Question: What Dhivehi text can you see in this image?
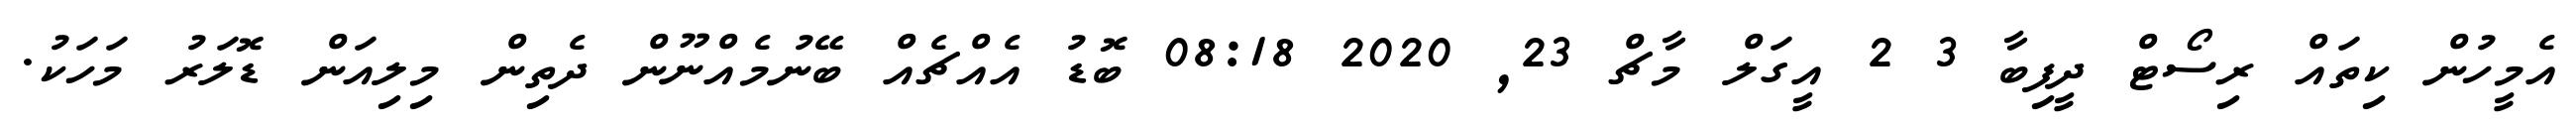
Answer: އެމީހުން ކިތައް ރިސޯޓް ދީފިބާ 3 2 އީގަލް މާޗް 23, 2020 08:18 ބޮޑު އެއްޗެއް ބޭނުމެއްނޫން ދެތިން މިލިއަން ޑޮލަރު މަހަކު.